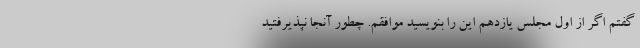
گفتم اگر از اول مجلس یازدهم این را بنویسید موافقم. چطور آنجا نپذیرفتید